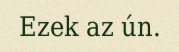
Ezek az ún.